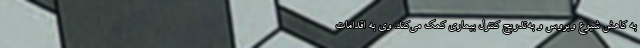
به کاهش شیوع ویروس و به‌تدریج کنترل بیماری کمک می‌کند. وی به اقدامات